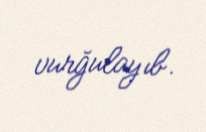
vurğulayıb.